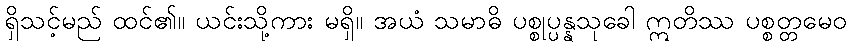
ရှိသင့်မည် ထင်၏။ ယင်းသို့ကား မရှိ။ အယံ သမာဓိ ပစ္စုပ္ပန္နသုခေါ ဣတိဿ ပစ္စတ္တမေဝ